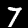
Label: 7